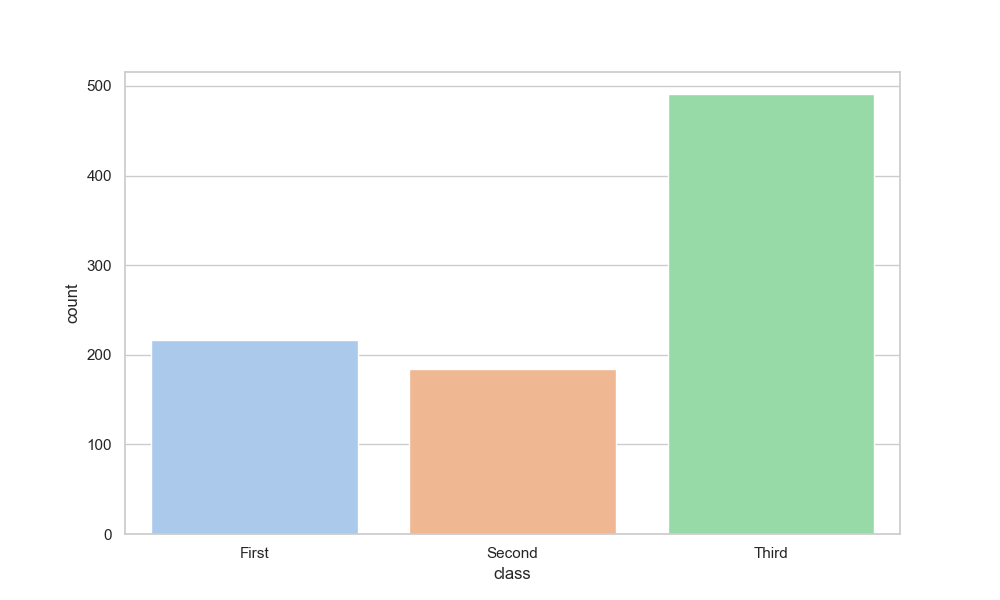
python, seaborn, countplot, x='class', palette='pastel', hue='None'